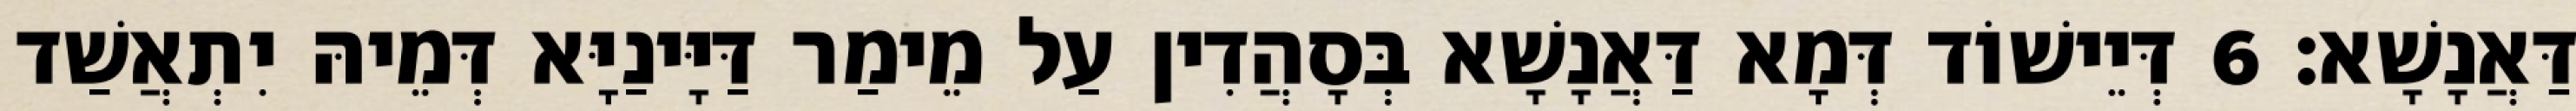
דַּאֲנָשָׁא׃ 6 דְּיֵישׁוֹד דְּמָא דַּאֲנָשָׁא בְּסָהֲדִין עַל מֵימַר דַּיָּינַיָּא דְּמֵיהּ יִתְאֲשַׁד